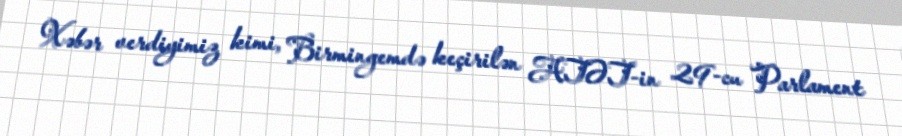
Xəbər verdiyimiz kimi, Birmingemdə keçirilən ATƏT-in 29-cu Parlament